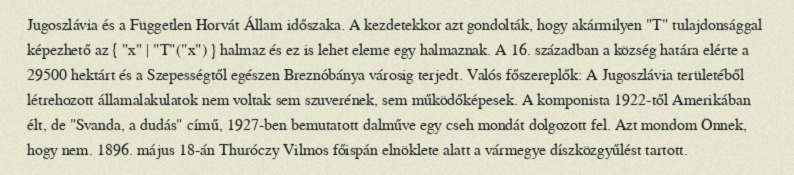
Jugoszlávia és a Független Horvát Állam időszaka. A kezdetekkor azt gondolták, hogy akármilyen "T" tulajdonsággal képezhető az { "x" | "T"("x") } halmaz és ez is lehet eleme egy halmaznak. A 16. században a község határa elérte a 29500 hektárt és a Szepességtől egészen Breznóbánya városig terjedt. Valós főszereplők: A Jugoszlávia területéből létrehozott államalakulatok nem voltak sem szuverének, sem működőképesek. A komponista 1922-től Amerikában élt, de "Svanda, a dudás" című, 1927-ben bemutatott dalműve egy cseh mondát dolgozott fel. Azt mondom Önnek, hogy nem. 1896. május 18-án Thuróczy Vilmos főispán elnöklete alatt a vármegye díszközgyűlést tartott.